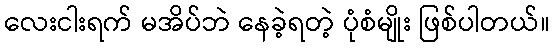
လေးငါးရက် မအိပ်ဘဲ နေခဲ့ရတဲ့ ပုံစံမျိုး ဖြစ်ပါတယ်။